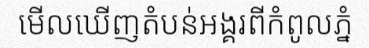
មើលឃើញតំបន់អង្គរពីកំពូលភ្នំ